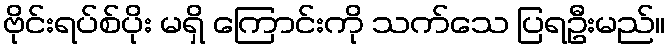
ဗိုင်းရပ်စ်ပိုး မရှိ ကြောင်းကို သက်သေ ပြရဦးမည်။